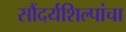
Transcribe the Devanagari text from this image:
सौंदर्यशिल्पांचा